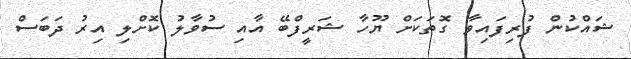
ޝައްކުން ފުރިފައިވާ ގޮތަކަށް ޔޫހާ ޝަރީފްބޭ އާއި ސުވާލު ކޮށްލި އިރު ދަބަސް